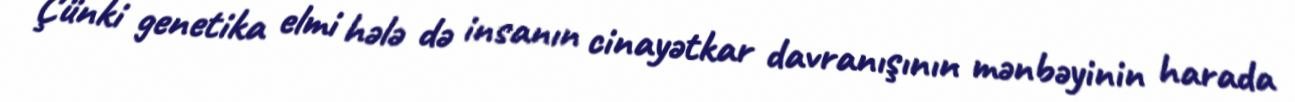
Çünki genetika elmi hələ də insanın cinayətkar davranışının mənbəyinin harada